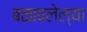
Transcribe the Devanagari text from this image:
बळावलेल्या